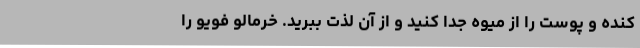
کنده و پوست را از میوه جدا کنید و از آن لذت ببرید. خرمالو فویو را